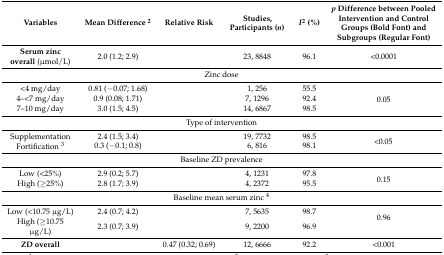
<table><thead><tr><td><b>Variables</b></td><td><b>Mean Difference <sup>2</sup></b></td><td><b>Relative Risk</b></td><td><b>Studies, Participants (<i>n</i>)</b></td><td><b><i>I</i><sup>2</sup> (%)</b></td><td><b><i>p</i> Difference between Pooled Intervention and Control Groups (Bold Font) and Subgroups (Regular Font)</b></td></tr></thead><tbody><tr><td><b>Serum zinc overall</b> (μmol/L)</td><td>2.0 (1.2; 2.9)</td><td></td><td>23, 8848</td><td>96.1</td><td>&lt;0.0001</td></tr><tr><td colspan="6">Zinc dose</td></tr><tr><td>&lt;4 mg/day</td><td>0.81 (−0.07; 1.68)</td><td></td><td>1, 256</td><td>55.5</td><td rowspan="3">0.05</td></tr><tr><td>4–&lt;7 mg/day</td><td>0.9 (0.08; 1.71)</td><td></td><td>7, 1296</td><td>92.4</td></tr><tr><td>7–10 mg/day</td><td>3.0 (1.5; 4.5)</td><td></td><td>14, 6867</td><td>98.5</td></tr><tr><td colspan="6">Type of intervention</td></tr><tr><td>Supplementation</td><td>2.4 (1.5; 3.4)</td><td></td><td>19, 7732</td><td>98.5</td><td rowspan="2">&lt;0.05</td></tr><tr><td>Fortification <sup>3</sup></td><td>0.3 (−0.1; 0.8)</td><td></td><td>6, 816</td><td>98.1</td></tr><tr><td colspan="6">Baseline ZD prevalence</td></tr><tr><td>Low (&lt;25%)</td><td>2.9 (0.2; 5.7)</td><td></td><td>4, 1231</td><td>97.8</td><td rowspan="2">0.15</td></tr><tr><td>High (≥25%)</td><td>2.8 (1.7; 3.9)</td><td></td><td>4, 2372</td><td>95.5</td></tr><tr><td colspan="6">Baseline mean serum zinc <sup>4</sup></td></tr><tr><td>Low (&lt;10.75 μg/L)</td><td>2.4 (0.7; 4.2)</td><td></td><td>7, 5635</td><td>98.7</td><td rowspan="2">0.96</td></tr><tr><td>High (≥10.75 μg/L)</td><td>2.3 (0.7; 3.9)</td><td></td><td>9, 2200</td><td>96.9</td></tr><tr><td><b>ZD overall</b></td><td></td><td>0.47 (0.32; 0.69)</td><td>12, 6666</td><td>92.2</td><td>&lt;0.001</td></tr></tbody></table>